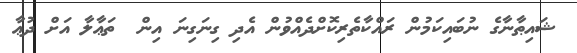
ޝައިޠާނާގެ ނުބައިކަމުން ރައްކާތެރިކޮށްދެއްވުން އެދި ގިނަގިނަ އިން  ތަޢާލާ އަށް ދުޢާ